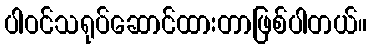
ပါဝင်သရုပ်ဆောင်ထားတာဖြစ်ပါတယ်။